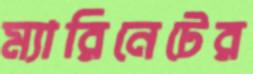
ম্যারিনেটের